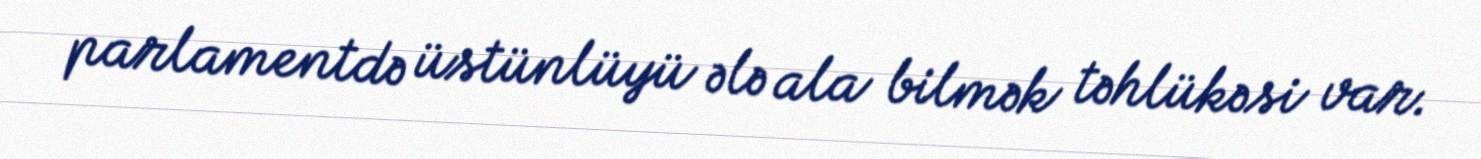
parlamentdə üstünlüyü ələ ala bilmək təhlükəsi var.